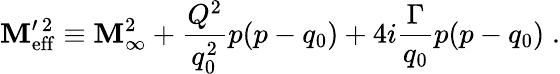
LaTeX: \mathbf{M}_{\mathrm{{eff}}}^{\prime\, 2}\equiv\mathbf{M}_{\infty}^{2}+{\frac{{Q^{2}}}{{q_{0}^{2}}}}p(p-q_{0})+4i{\frac{{\Gamma}}{{q_{0}}}}p(p-q_{0})\; .